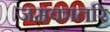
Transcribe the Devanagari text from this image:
जमकातरि